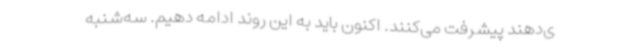
ی‌دهند پیشرفت می‌کنند. اکنون باید به این روند ادامه دهیم‌. سه‌شنبه